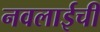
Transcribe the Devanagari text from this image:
नवलाईची